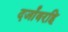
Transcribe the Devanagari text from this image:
दर्जांवरहि